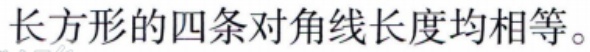
长方形的四条对角线长度均相等。